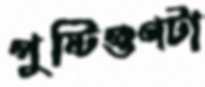
পুষ্টিগুণটা